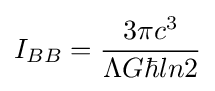
I_{BB}={\frac {3\pi c^{3}}{\Lambda G\hbar ln2}}